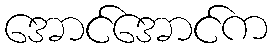
အောင်အောင်က